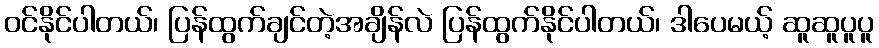
ဝင်နိုင်ပါတယ်၊ ပြန်ထွက်ချင်တဲ့အချိန်လဲ ပြန်ထွက်နိုင်ပါတယ်၊ ဒါပေမယ့် ဆူဆူပူပူ